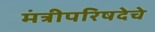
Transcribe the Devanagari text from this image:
मंत्रीपरिषदेचे